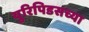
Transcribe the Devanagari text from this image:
युरिपिडसच्या